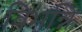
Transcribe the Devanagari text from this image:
विभन्नि